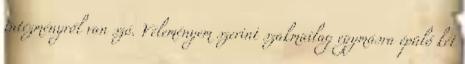
intézményről van szó. Véleményem szerint szakmailag egymásra épülő két